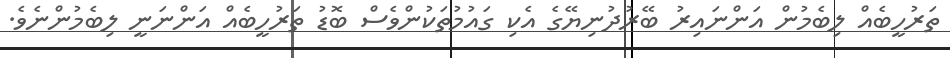
ތަރުހީބެއް ލިބެމުން އަންނައިރު ބޭރުދުނިޔޭގެ އެކި ގައުމުތަކުންވެސް ބޮޑު ތަރުހީބެއް އަންނަނީ ލިބެމުންނެވެ.